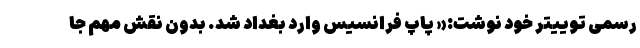
رسمی توییتر خود نوشت:« پاپ فرانسیس وارد بغداد شد. بدون نقش مهم جا